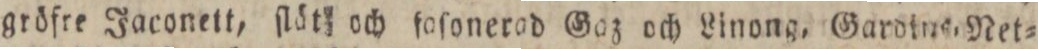
gröfre Jaconett, ſlöt och foſonerad Gaz och Linong, Gardine. Net=